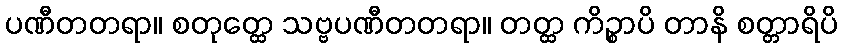
ပဏီတတရာ။ စတုတ္ထေ သဗ္ဗပဏီတတရာ။ တတ္ထ ကိဉ္စာပိ တာနိ စတ္တာရိပိ